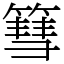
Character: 篲